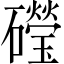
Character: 𥗏